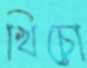
খিচো